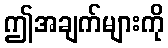
ဤအချက်များကို